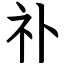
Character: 䃼